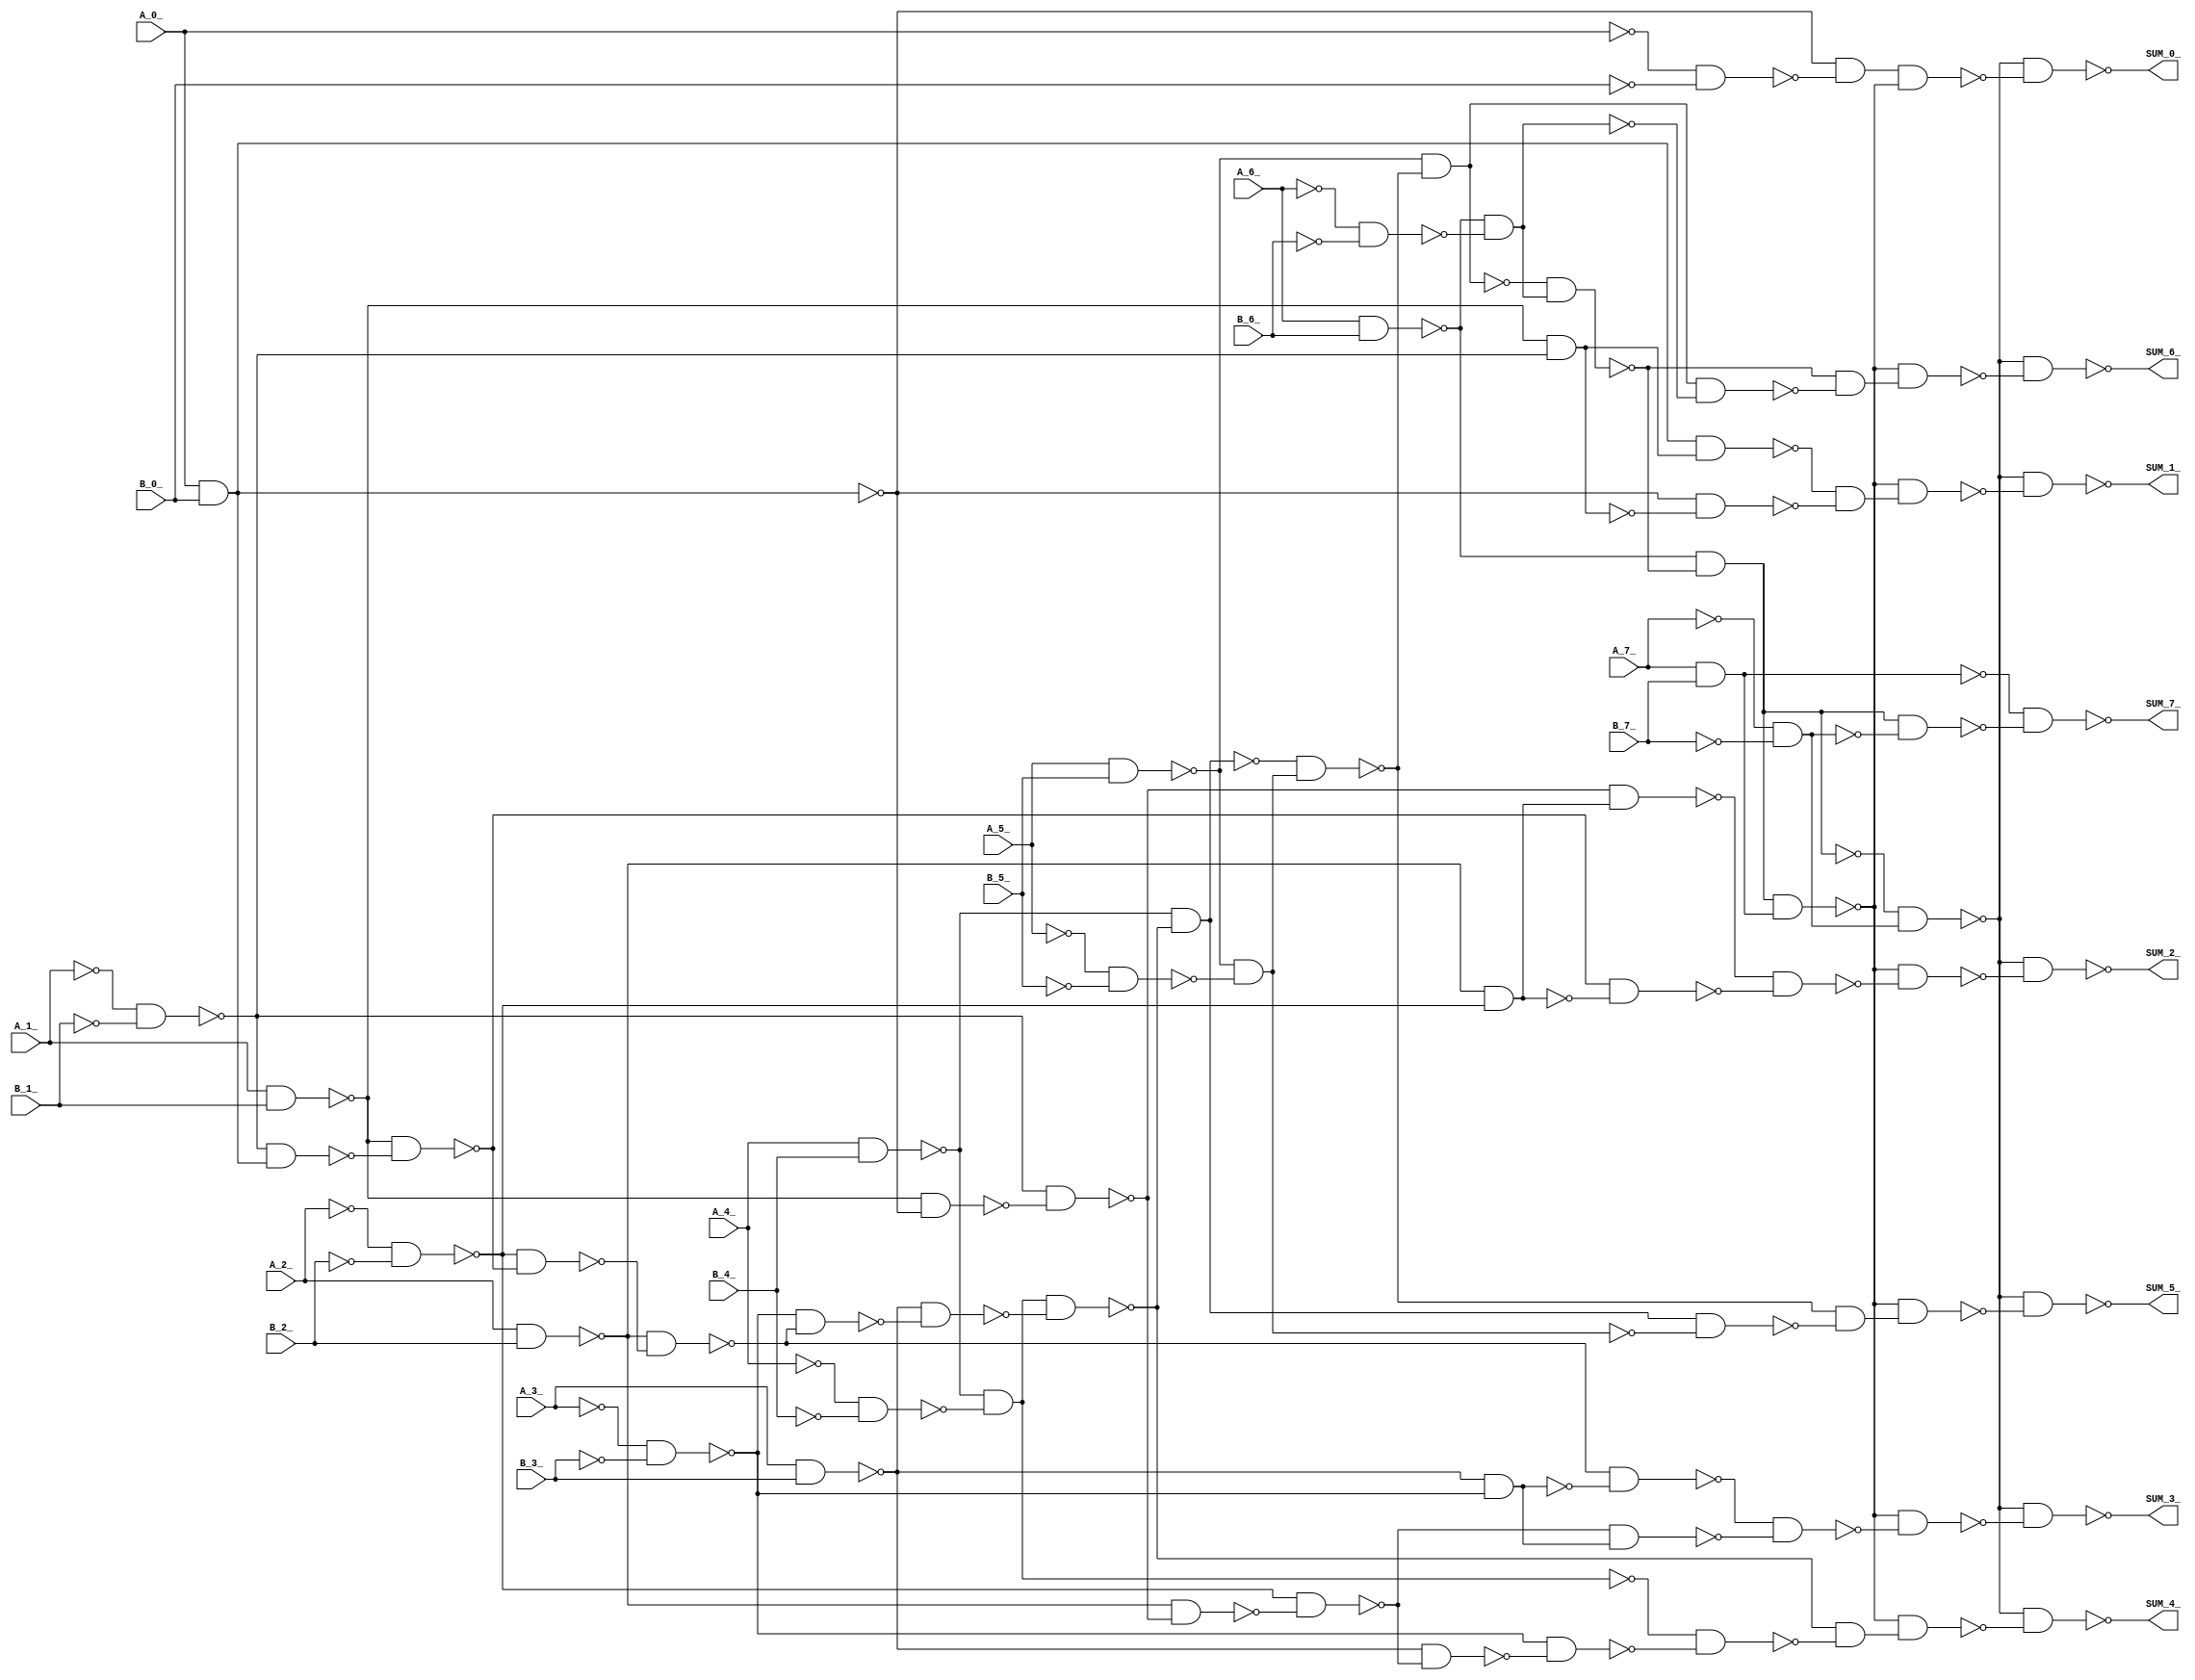
module adder8(A_0_, A_1_, A_2_, A_3_, A_4_, A_5_, A_6_, A_7_, B_0_, B_1_, B_2_, B_3_, B_4_, B_5_, B_6_, B_7_, SUM_0_, SUM_1_, SUM_2_, SUM_3_, SUM_4_, SUM_5_, SUM_6_, SUM_7_);input A_0_;
  input A_1_;
  input A_2_;
  input A_3_;
  input A_4_;
  input A_5_;
  input A_6_;
  input A_7_;
  input B_0_;
  input B_1_;
  input B_2_;
  input B_3_;
  input B_4_;
  input B_5_;
  input B_6_;
  input B_7_;
  output SUM_0_;
  output SUM_1_;
  output SUM_2_;
  output SUM_3_;
  output SUM_4_;
  output SUM_5_;
  output SUM_6_;
  output SUM_7_;
  
  wire wire_zeros;
  assign wire_zeros = 1'b0;
  wire _000_;
  wire _001_;
  wire _002_;
  wire _003_;
  wire _004_;
  wire _005_;
  wire _006_;
  wire _007_;
  wire _008_;
  wire _009_;
  wire _010_;
  wire _011_;
  wire _012_;
  wire _013_;
  wire _014_;
  wire _015_;
  wire _016_;
  wire _017_;
  wire _018_;
  wire _019_;
  wire _020_;
  wire _021_;
  wire _022_;
  wire _023_;
  wire _024_;
  wire _025_;
  wire _026_;
  wire _027_;
  wire _028_;
  wire _029_;
  wire _030_;
  wire _031_;
  wire _032_;
  wire _033_;
  wire _034_;
  wire _035_;
  wire _036_;
  wire _037_;
  wire _038_;
  wire _039_;
  wire _040_;
  wire _041_;
  wire _042_;
  wire _043_;
  wire _044_;
  wire _045_;
  wire _046_;
  wire _047_;
  wire _048_;
  wire _049_;
  wire _050_;
  wire _051_;
  wire _052_;
  wire _053_;
  wire _054_;
  wire _055_;
  wire _056_;
  wire _057_;
  wire _058_;
  wire _059_;
  wire _060_;
  wire _061_;
  wire _062_;
  wire _063_;
  wire _064_;
  wire _065_;
  wire _066_;
  wire _067_;
  wire _068_;
  wire _069_;
  wire _070_;
  wire _071_;
  wire _072_;
  wire _073_;
  wire _074_;
  wire _075_;
  wire _076_;
  wire _077_;
  wire _078_;
  wire _079_;
  wire _080_;
  wire _081_;
  wire _082_;
  wire _083_;
  wire _084_;
  wire _085_;
  wire _086_;
  wire _087_;
  wire _088_;
  wire _089_;
  wire _090_;
  wire _091_;
  wire _092_;
  wire _093_;
  wire _094_;
  wire _095_;
  wire _096_;
  wire _097_;
  wire _098_;
  
  
  
  
  
  
  
  
  
  wire A_0_;
  wire A_1_;
  wire A_2_;
  wire A_3_;
  wire A_4_;
  wire A_5_;
  wire A_6_;
  wire A_7_;
  
  
  
  
  
  
  
  
  
  wire B_0_;
  wire B_1_;
  wire B_2_;
  wire B_3_;
  wire B_4_;
  wire B_5_;
  wire B_6_;
  wire B_7_;
  
  
  
  
  
  
  
  
  
  wire SUM_0_;
  wire SUM_1_;
  wire SUM_2_;
  wire SUM_3_;
  wire SUM_4_;
  wire SUM_5_;
  wire SUM_6_;
  wire SUM_7_;
  
  
  wire _cla1.A_0_;
  wire _cla1.A_1_;
  wire _cla1.A_2_;
  wire _cla1.A_3_;
  
  
  wire _cla1.B_0_ ;
  wire _cla1.B_1_;
  wire _cla1.B_2_;
  wire _cla1.B_3_;

  
  
  wire _cla1.CIN ;
  
  
  wire _cla1.fa0.a ;
  
  
  wire _cla1.fa0.b ;
  
  
  wire _cla1.fa0.cin ;
  
  
  wire _cla1.fa1.a ;
  
  
  wire _cla1.fa1.b ;
  
  
  wire _cla1.fa2.a ;
  
  
  wire _cla1.fa2.b ;
  
  
  wire _cla1.fa3.a ;
  
  
  wire _cla1.fa3.b ;
  
  
  wire _cla2.A_0_;
  wire _cla2.A_1_;
  wire _cla2.A_2_;
  wire _cla2.A_3_;
  
  wire _cla2.B_0_;
  wire _cla2.B_1_;
  wire _cla2.B_2_;
  wire _cla2.B_3_;
  
  
  wire _cla2.fa0.a ;
  
  
  wire _cla2.fa0.b ;
  
  
  wire _cla2.fa1.a ;
  
  
  wire _cla2.fa1.b ;
  
  
  wire _cla2.fa2.a ;
  
  
  wire _cla2.fa2.b ;
  
  
  wire _cla2.fa3.a ;
  
  
  wire _cla2.fa3.b ;
  
  
  wire sat_sum_0_;
  wire sat_sum_1_;
  wire sat_sum_2_;
  wire sat_sum_3_;
  wire sat_sum_4_;
  wire sat_sum_5_;
  wire sat_sum_6_;
  wire sat_sum_7_;
  
  
  nand (_025_, A_3_, A_3_);
  
  
  nand (_026_, B_3_, B_3_);
  
  
  nand (_027_, A_2_, A_2_);
  
  
  nand (_028_, B_2_, B_2_);
  
  
  nand (_029_, A_1_, A_1_);
  
  
  nand (_030_, B_1_, B_1_);
  
  
  nand (_031_, A_0_, A_0_);
  
  
  nand (_032_, B_0_, B_0_);
  
  
  nand (_033_, A_7_, A_7_);
  
  
  nand (_034_, B_7_, B_7_);
  
  
  nand (_035_, A_6_, A_6_);
  
  
  nand (_036_, B_6_, B_6_);
  
  
  nand (_037_, A_5_, A_5_);
  
  
  nand (_038_, B_5_, B_5_);
  
  
  nand (_039_, A_4_, A_4_);
  
  
  nand (_040_, B_4_, B_4_);
  nand (_041_, A_6_, B_6_);
  nand (_042_, A_5_, B_5_);
  nand (_043_, A_4_, B_4_);
  nand (_044_, _039_, _040_);
  nand (_045_, _043_, _044_);
  
  
  nand (_046_, _045_, _045_);
  nand (_047_, A_3_, B_3_);
  nand (_048_, _025_, _026_);
  nand (_049_, A_2_, B_2_);
  nand (_050_, _027_, _028_);
  nand (_051_, A_1_, B_1_);
  nand (_052_, _029_, _030_);
  nand (_053_, A_0_, B_0_);
  
  
  nand (_054_, _053_, _053_);
  nand (_055_, _052_, _054_);
  nand (_056_, _051_, _053_);
  nand (_057_, _052_, _056_);
  nand (_058_, _051_, _055_);
  nand (_059_, _050_, _058_);
  nand (_060_, _049_, _057_);
  nand (_061_, _050_, _060_);
  nand (_062_, _049_, _059_);
  nand (_063_, _048_, _062_);
  nand (_064_, _047_, _061_);
  nand (_065_, _048_, _064_);
  nand (_066_, _047_, _063_);
  nand (_067_, _046_, _066_);
  nand (_068_, _043_, _067_);
  
  
  nand (_069_, _068_, _068_);
  nand (_070_, _037_, _038_);
  nand (_071_, _042_, _070_);
  
  
  nand (_072_, _071_, _071_);
  nand (_073_, _068_, _072_);
  nand (_074_, _042_, _073_);
  
  
  nand (_075_, _074_, _074_);
  nand (_076_, _035_, _036_);
  nand (_077_, _041_, _076_);
  
  
  nand (_078_, _077_, _077_);
  nand (_079_, _074_, _078_);
  nand (_080_, _041_, _079_);
  
  
  nand (_081_, _080_, _080_);
  nand (_082_, _033_, _034_);
  
  
  nand (_083_, _082_, _082_);
  nand (_084_, _080_, _083_);
  nand (_085_, _031_, _032_);
  nand (_086_, _053_, _085_);
  
  
  nand (_087_, _086_, _086_);
  nand (_088_, A_7_, B_7_);
  
  
  nand (_089_, _088_, _088_);
  nand (_090_, _081_, _089_);
  nand (_091_, _087_, _090_);
  nand (SUM_0_, _084_, _091_);
  nand (_092_, _051_, _052_);
  
  
  nand (_093_, _092_, _092_);
  nand (_094_, _054_, _093_);
  nand (_095_, _053_, _092_);
  nand (_096_, _094_, _095_);
  
  
  nand (_097_, _096_, _096_);
  nand (_098_, _090_, _097_);
  nand (SUM_1_, _084_, _098_);
  nand (_000_, _049_, _050_);
  
  
  nand (_001_, _000_, _000_);
  nand (_002_, _057_, _001_);
  nand (_003_, _058_, _000_);
  nand (_004_, _002_, _003_);
  nand (_005_, _090_, _004_);
  nand (SUM_2_, _084_, _005_);
  nand (_006_, _047_, _048_);
  
  
  nand (_007_, _006_, _006_);
  nand (_008_, _062_, _006_);
  nand (_009_, _061_, _007_);
  nand (_010_, _008_, _009_);
  nand (_011_, _090_, _010_);
  nand (SUM_3_, _084_, _011_);
  nand (_012_, _045_, _065_);
  nand (_013_, _067_, _012_);
  
  
  nand (_014_, _013_, _013_);
  nand (_015_, _090_, _014_);
  nand (SUM_4_, _084_, _015_);
  nand (_016_, _069_, _071_);
  nand (_017_, _073_, _016_);
  
  
  nand (_018_, _017_, _017_);
  nand (_019_, _090_, _018_);
  nand (SUM_5_, _084_, _019_);
  nand (_020_, _075_, _077_);
  nand (_021_, _079_, _020_);
  
  
  nand (_022_, _021_, _021_);
  nand (_023_, _090_, _022_);
  nand (SUM_6_, _084_, _023_);
  nand (_024_, _081_, _082_);
  nand (SUM_7_, _088_, _024_);
  assign _cla1.CIN  = 1'h0;
  assign _cla1.B_0_ = B_0_;
  assign _cla1.B_1_ = B_1_;
  assign _cla1.B_2_ = B_2_;
  assign _cla1.B_3_ = B_3_;
  assign _cla1.A_0_ = A_0_;
  assign _cla1.A_1_ = A_1_;
  assign _cla1.A_2_ = A_2_;
  assign _cla1.A_3_ = A_3_;
  assign _cla1.fa3.a  = A_3_;
  assign _cla1.fa3.b  = B_3_;
  assign _cla1.fa2.a  = A_2_;
  assign _cla1.fa2.b  = B_2_;
  assign _cla1.fa1.a  = A_1_;
  assign _cla1.fa1.b  = B_1_;
  assign _cla1.fa0.a  = A_0_;
  assign _cla1.fa0.b  = B_0_;
  assign _cla1.fa0.cin  = 1'h0;
  assign _cla2.B_0_ = B_4_;
  assign _cla2.B_1_ = B_5_;
  assign _cla2.B_2_ = B_6_;
  assign _cla2.B_3_ = B_7_;
  assign _cla2.A_0_ = A_4_;
  assign _cla2.A_1_ = A_5_;
  assign _cla2.A_2_ = A_6_;
  assign _cla2.A_3_ = A_7_;
  assign _cla2.fa3.a  = A_7_;
  assign _cla2.fa3.b  = B_7_;
  assign _cla2.fa2.a  = A_6_;
  assign _cla2.fa2.b  = B_6_;
  assign _cla2.fa1.a  = A_5_;
  assign _cla2.fa1.b  = B_5_;
  assign _cla2.fa0.a  = A_4_;
  assign _cla2.fa0.b  = B_4_;
  assign sat_sum_7_ = A_7_;
  assign sat_sum_5_ = sat_sum_6_;
  assign sat_sum_4_ = sat_sum_6_;
  assign sat_sum_3_ = sat_sum_6_;
  assign sat_sum_2_ = sat_sum_6_;
  assign sat_sum_1_ = sat_sum_6_;
  assign sat_sum_0_ = sat_sum_6_;
endmodule